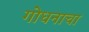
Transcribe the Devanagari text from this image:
गोधनाचा